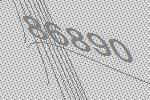
86890